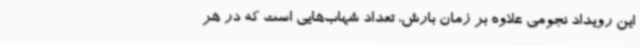
این رویداد نجومی علاوه بر زمان بارش، تعداد شهاب‌هایی است که در هر